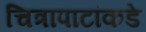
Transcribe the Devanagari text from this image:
चित्रापाटांकडे